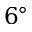
6 ^ { \circ }